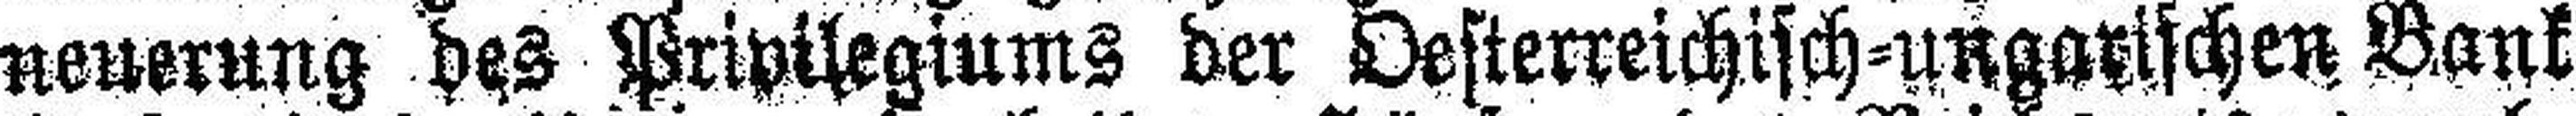
neuerung des Privilegiums der Oesterreichisch=ungarischen Bank